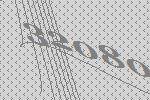
32080